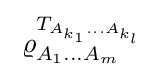
\;\varrho _{A_{1}\ldots A_{m}}^{T_{A_{k_{1}}\ldots A_{k_{l}}}}